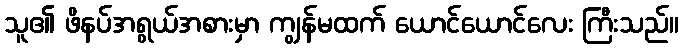
သူ၏ ဖိနပ်အရွယ်အစားမှာ ကျွန်မထက် ယောင်ယောင်လေး ကြီးသည်။